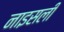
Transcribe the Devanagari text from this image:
नाइसली